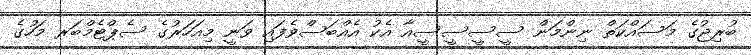
ބުރިޖުގެ މަސައްކަތް ނިންމަން ސީސީސީސީއާ އެކު އެއްބަސްވެފައި ވަނީ މިއަހަރުގެ ސެޕްޓެމްބަރ މަހުގެ